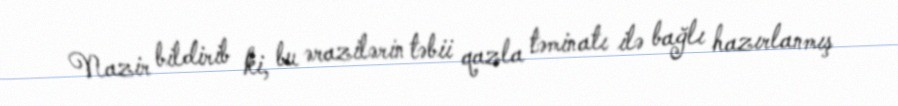
Nazir bildirib ki, bu ərazilərin təbii qazla təminatı ilə bağlı hazırlanmış